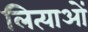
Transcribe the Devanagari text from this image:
लित्याओं